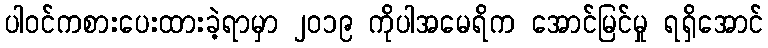
ပါဝင်ကစားပေးထားခဲ့ရာမှာ ၂၀၁၉ ကိုပါအမေရိက အောင်မြင်မှု ရရှိအောင်